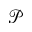
\mathcal { P }